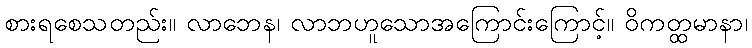
စားရစေသတည်း။ လာဘေန၊ လာဘဟူသောအကြောင်းကြောင့်။ ဝိကတ္ထမာနာ၊